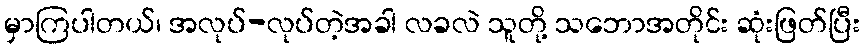
မှာကြပါတယ်၊ အလုပ်-လုပ်တဲ့အခါ လခလဲ သူတို့ သဘောအတိုင်း ဆုံးဖြတ်ပြီး